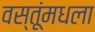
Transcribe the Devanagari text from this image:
वस्तूंमधला